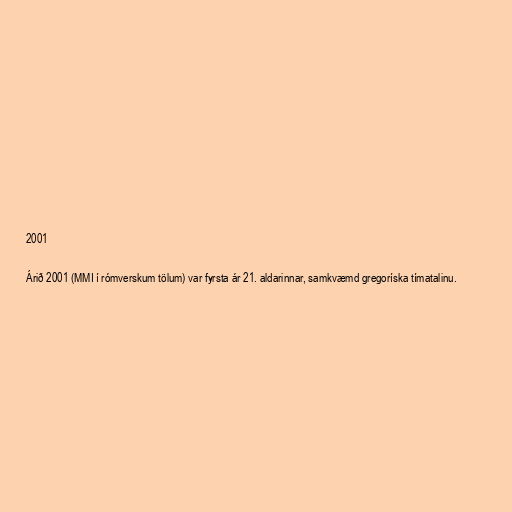
2001

Árið 2001 (MMI í rómverskum tölum) var fyrsta ár 21. aldarinnar, samkvæmd gregoríska tímatalinu.